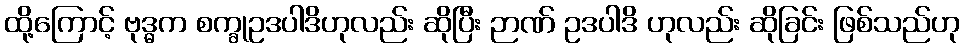
ထို့ကြောင့် ဗုဒ္ဓက စက္ခုဥဒပါဒိဟုလည်း ဆိုပြီး ဉာဏ် ဥဒပါဒိ ဟုလည်း ဆိုခြင်း ဖြစ်သည်ဟု